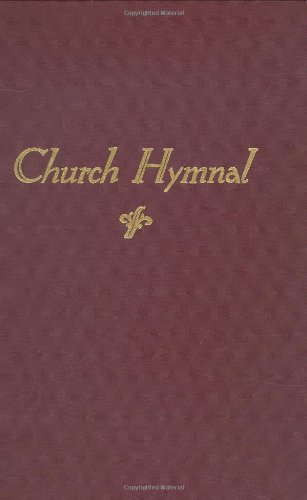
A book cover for Church Hymnal; Pathway Press; Christian Books & Bibles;